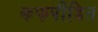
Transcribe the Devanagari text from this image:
कफपीडित